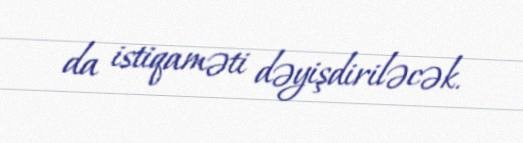
da istiqaməti dəyişdiriləcək.